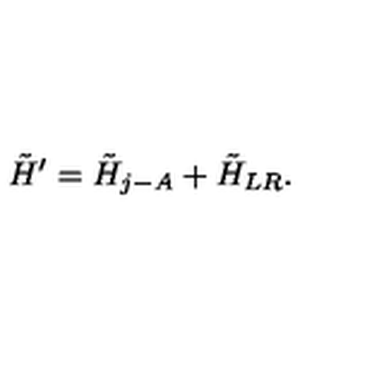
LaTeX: \tilde { H } ^ { \prime } = \tilde { H } _ { j - A } + \tilde { H } _ { L R } .